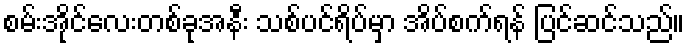
စမ်းအိုင်လေးတစ်ခုအနီး သစ်ပင်ရိပ်မှာ အိပ်စက်ရန် ပြင်ဆင်သည်။